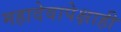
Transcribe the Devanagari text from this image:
महादेवापेक्षाही